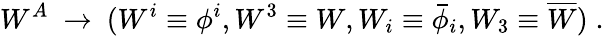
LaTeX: W^{A}\ \rightarrow\ (W^{i}\equiv\phi^{i},W^{3}\equiv W,W_{i}\equiv\bar{\phi}_{i},W_{3}\equiv\overline{{W}})\; .